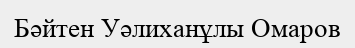
Бәйтен Уәлиханұлы Омаров